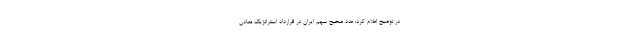
در توضیح اعلام کرد: عدد صحیح سهم ایران در قرارداد استراتژیک معادن